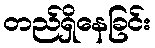
တည်ရှိနေခြင်း